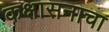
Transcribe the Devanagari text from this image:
कक्षासनाचा